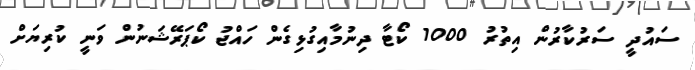
ސައުދީ ސަރުކާރުން އިތުރު 1000 ކޯޓާ ދިނުމާއިގުޅިގެން ހައްޖު ކޯޕަރޭޝަނުން ވަނީ ކުރިޔަށް